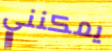
يمكنني